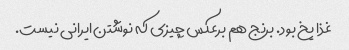
غذا یخ بود. برنج هم برعکس چیزی که نوشتن ایرانی نیست.